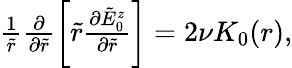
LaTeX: \begin{array}{r}{\frac{1}{\tilde{r}}\frac{\partial}{\partial\tilde{r}}\left[\tilde{r}\frac{\partial\tilde{E}_{0}^{z}}{\partial\tilde{r}}\right]=2\nu K_{0}(r),}\end{array}